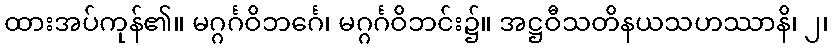
ထားအပ်ကုန်၏။ မဂ္ဂင်္ဂဝိဘင်္ဂေ၊ မဂ္ဂင်္ဂဝိဘင်း၌။ အဋ္ဌဝီသတိနယသဟဿာနိ၊ ၂၊